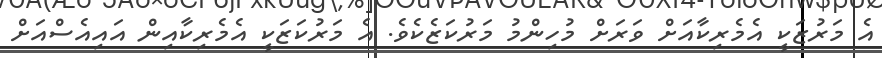
އެ މަރުޒަކީ އެމެރިކާއަށް ވަރަށް މުހިންމު މަރުކަޒެކެވެ. އެ މަރުކަޒަކީ އެމެރިކާއިން އައިއެސްއަށް